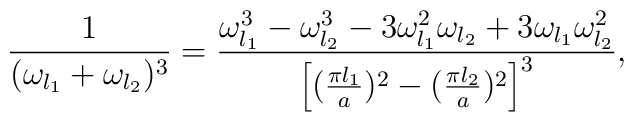
{1\over (\omega_{l_1}+\omega_{l_2})^3}={\omega_{l_1}^3-\omega_{l_2}^3-3 \omega_{l_1}^2\omega_{l_2}+3\omega_{l_1}\omega_{l_2}^2\over \left[({\pi l_1\over a})^2- ({\pi l_2\over a})^2\right]^3},